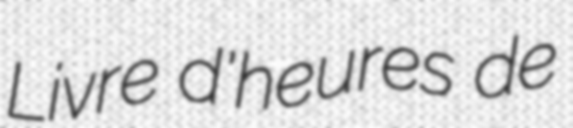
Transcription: Livre d'heures de